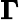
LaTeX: \boldsymbol{\Gamma}